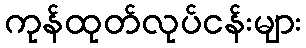
ကုန်ထုတ်လုပ်ငန်းများ